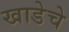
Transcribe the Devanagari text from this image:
खाडेचे